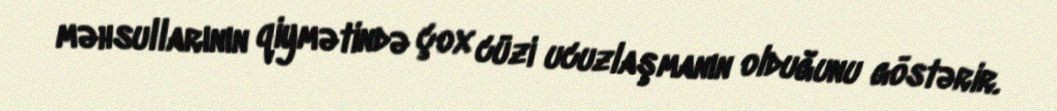
məhsullarının qiymətində çox cüzi ucuzlaşmanın olduğunu göstərir.